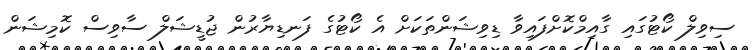
ސިވިލް ކޯޓުގައި ގާއިމްކޮށްފައިވާ ޑިވިޝަންތަކަށް އެ ކޯޓުގެ ފަނޑިޔާރުން ޖުޑީޝަލް ސާވިސް ކޮމިޝަން